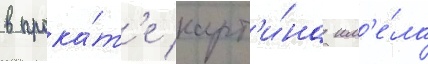
в прока́т'е карт'и́на им'е́ла